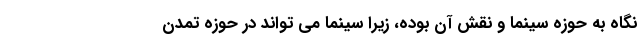
نگاه به حوزه سینما و نقش آن بوده، زیرا سینما می تواند در حوزه تمدن